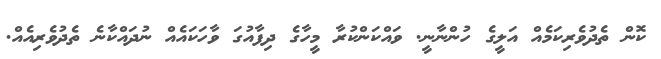
ކޮން ތެދުވެރިކަމެއް އަލީގެ ހުންނާނީ. ވައްކަންކުރާ މީހާގެ ދިފާއުގަ ވާހަކައެއް ނުދައްކާނެ ތެދުވެރިއެއް.